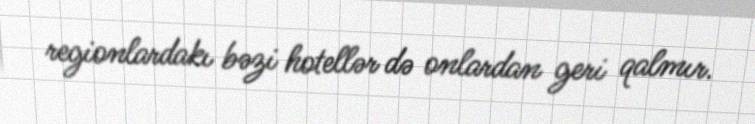
regionlardakı bəzi hotellər də onlardan geri qalmır.